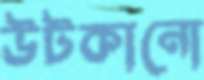
উটকানো